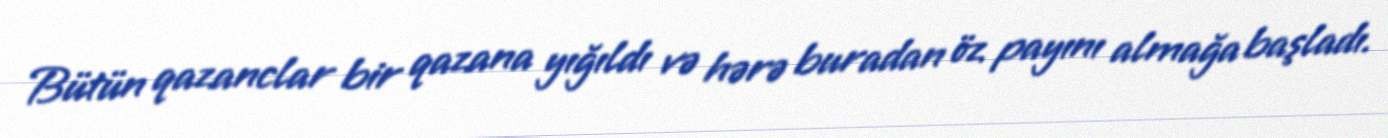
Bütün qazanclar bir qazana yığıldı və hərə buradan öz payını almağa başladı.